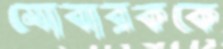
মোবারককে